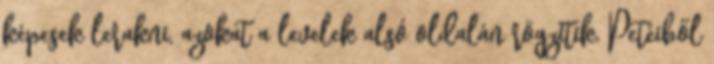
képesek lerakni, azokat a levelek alsó oldalán rögzítik. Petéiből